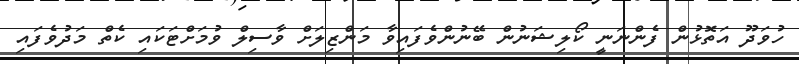
ހުވަދޫ އަތޮޅުން ފެންނަނީ ކޯލިޝަނުން ބޭނުންވެފައިވާ މަންޒިލަށް ވާސިލް ވުމަށްޓަކައި ކެތް މަދުވެފައި